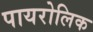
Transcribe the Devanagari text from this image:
पायरोलिक